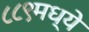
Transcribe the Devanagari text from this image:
८८९मध्ये